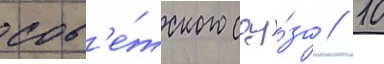
сов'е́тского соу́за // 10